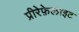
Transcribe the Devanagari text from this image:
प्रीरेफ़ेलाइट